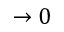
\rightarrow 0